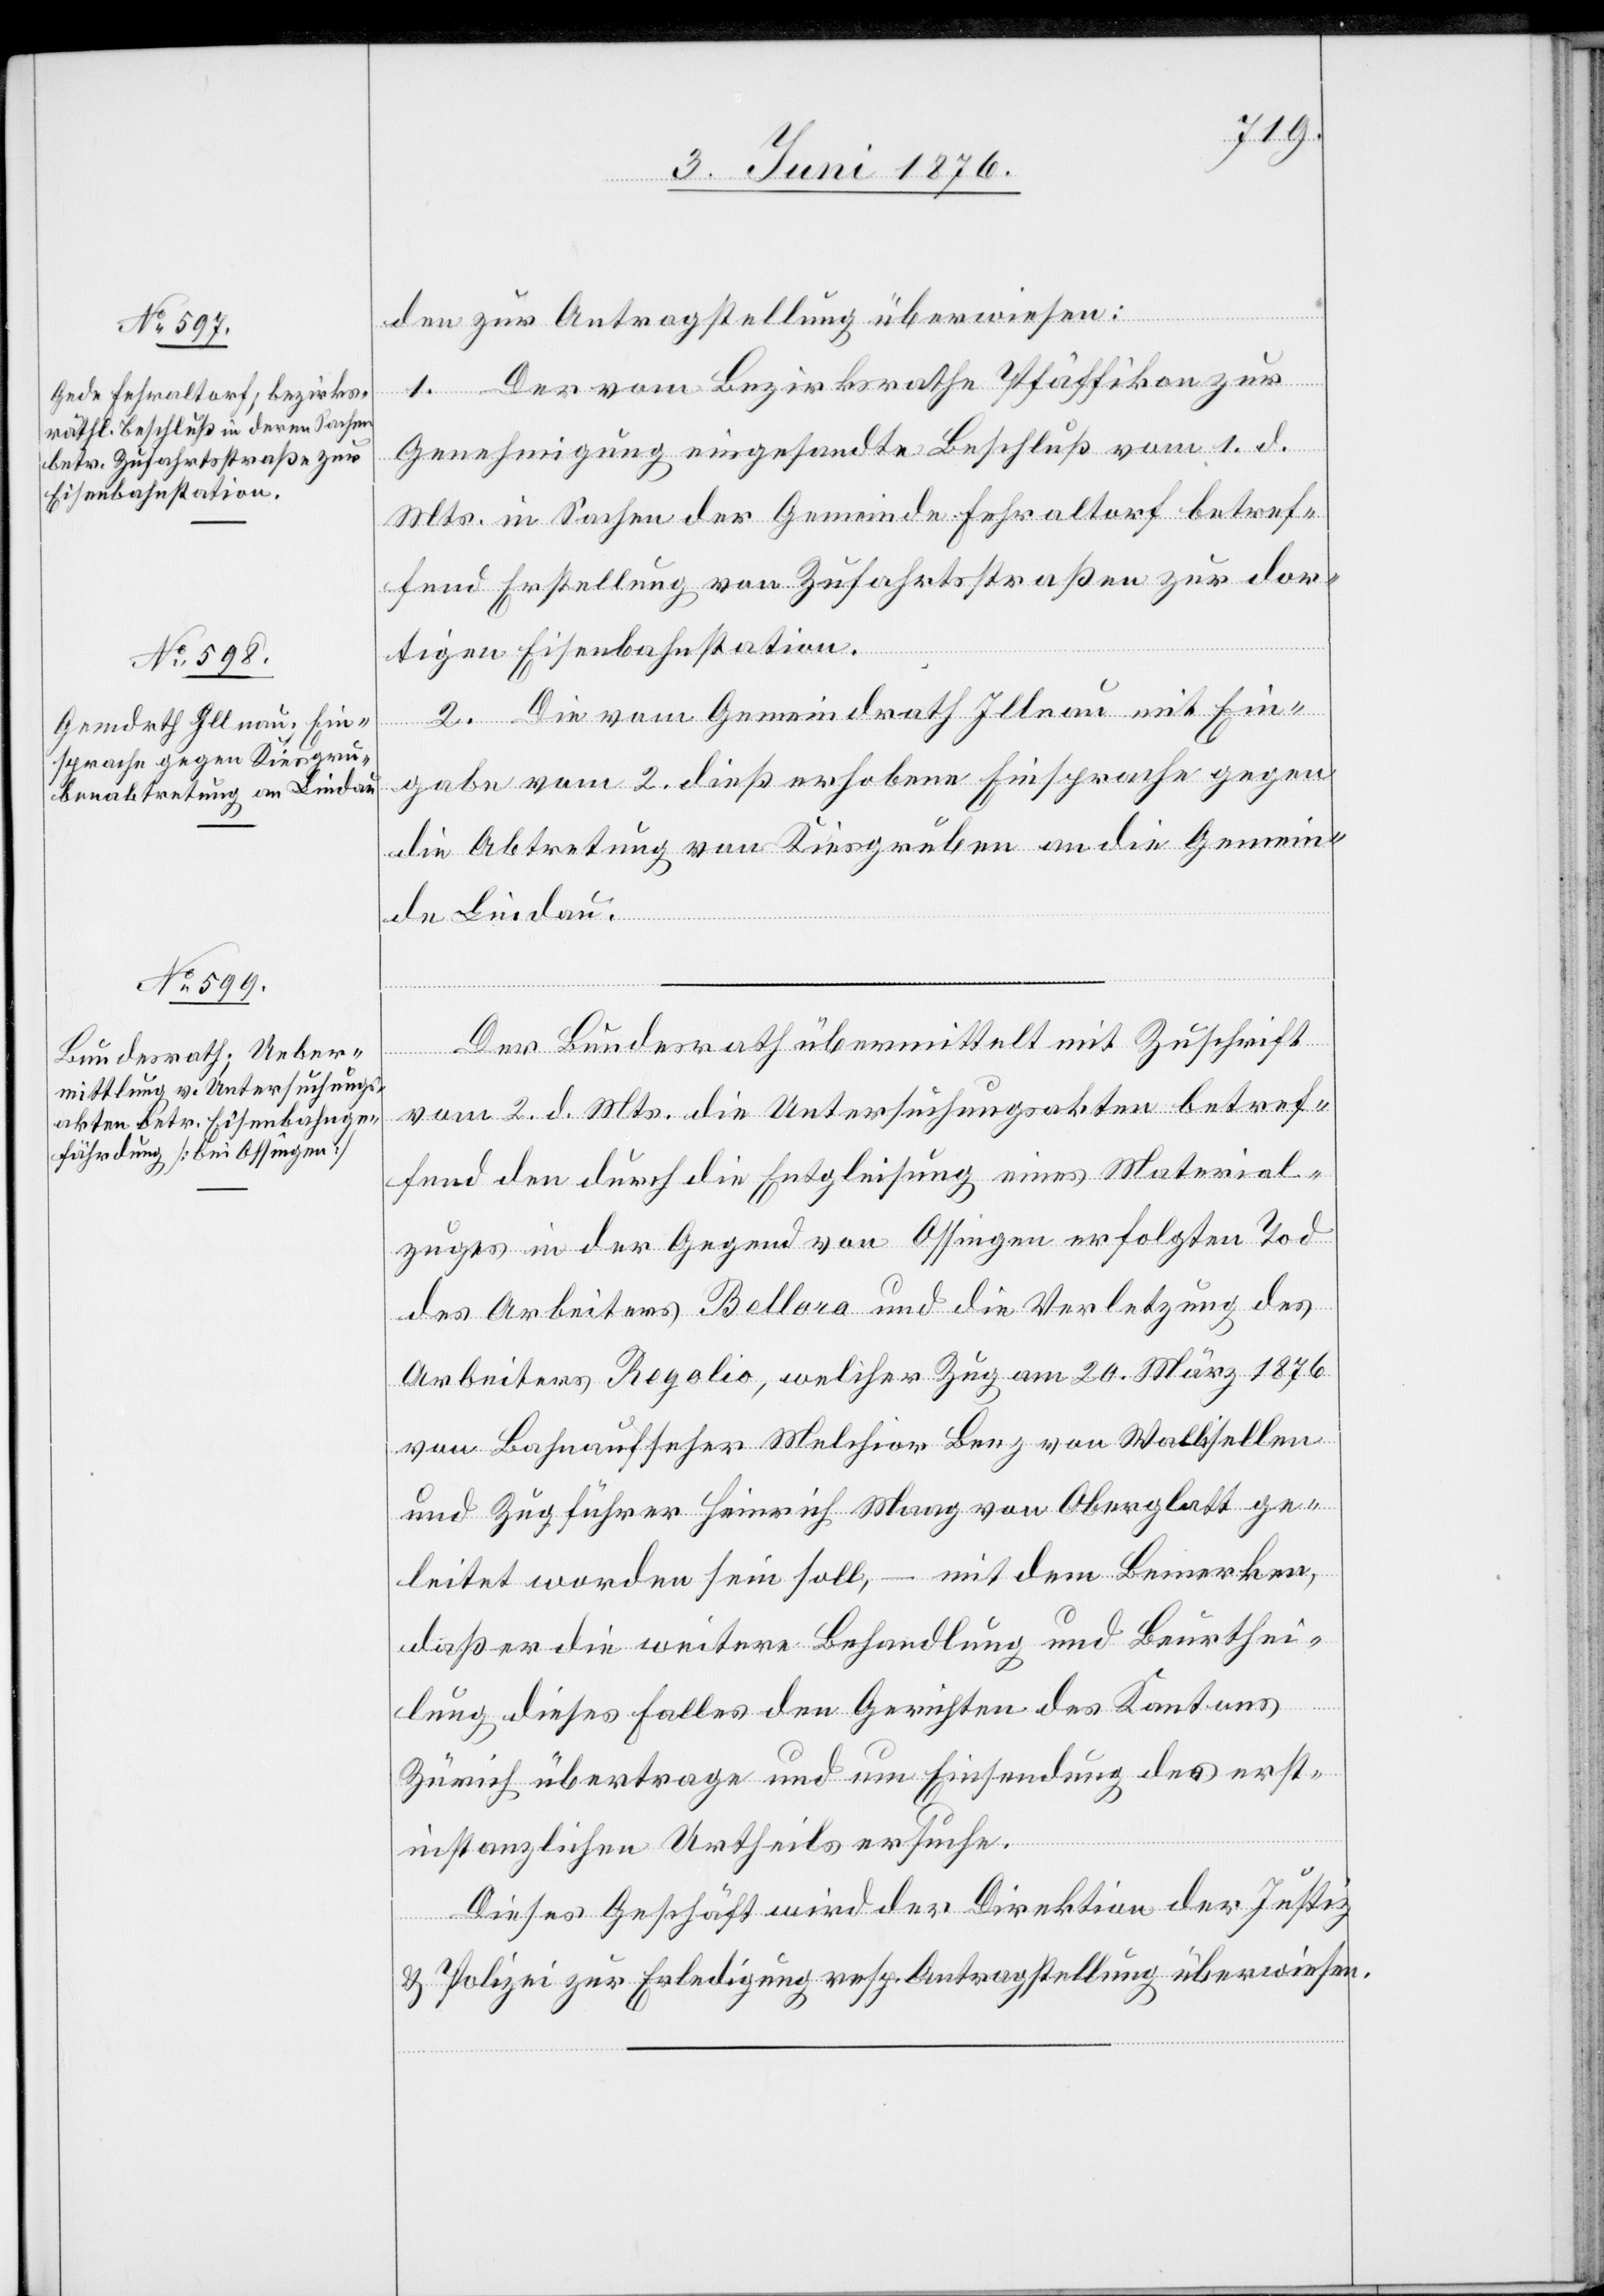
6. Juni 1876.]
den zur Antragstellung überwiesen:
1. Der vom Bezirksrathe Pfäffikon zur
Genehmigung eingesandte Beschluß vom 1. d.
Mts. in Sachen der Gemeinde Fehraltorf betref¬
fend Erstellung von Zufahrtsstraßen zur dor¬
tigen Eisenbahnstation.
2. Die vom Gemeindrath Illnau mit Ein¬
gabe vom 2. dieß erhobene Einsprache gegen
die Abtretung von Kiesgruben an die Gemeinde
Der Bundesrath übermittelt mit Zuschrift
ein¬
vom 2. d. Mts. die Untersuchungskaten betref¬
fend den durch die Entgleisung eines Material¬
zuges in der Gegend von Ossingen erfolgten Tod
es Arbeiters Bellora und die Verletzung des
Arbeiters Regolio, welcher Zug am 20. März 1876
von Bahnaufseher Melchior Lenz von Wallisellen
und Zugführer Heinrich Mang von Oberglatt ge¬
leitet worden sein soll, – mit dem Bemerken,
daß er die weitere Behandlung und Beurthei¬
lung dieses Falles den Gerichten des Kantons
Zürich übertrage und um Einsendung des erst¬
instanzlichen Urtheils ersuche.
Dieses Geschäft wird der Direktion der Justiz
& Polizei zur Erledigung resp. Antragstellung überwiesen.